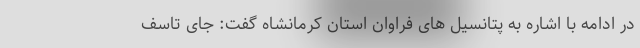
در ادامه با اشاره به پتانسیل های فراوان استان کرمانشاه گفت: جای تاسف